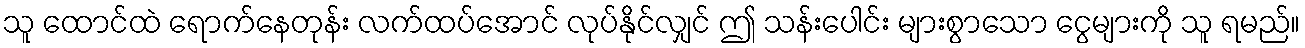
သူ ထောင်ထဲ ရောက်နေတုန်း လက်ထပ်အောင် လုပ်နိုင်လျှင် ဤ သန်းပေါင်း များစွာသော ငွေများကို သူ ရမည်။